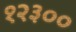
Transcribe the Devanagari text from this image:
१२३००